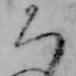
ち